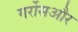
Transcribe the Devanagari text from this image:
गर्रोसऔर